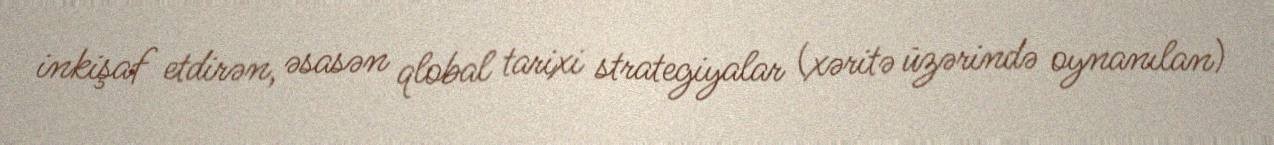
inkişaf etdirən, əsasən qlobal tarixi strategiyalar (xəritə üzərində oynanılan)